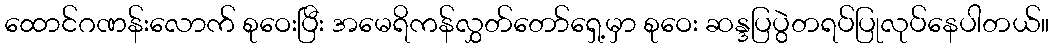
ထောင်ဂဏန်းလောက် စုဝေးပြီး အမေရိကန်လွှတ်တော်ရှေ့မှာ စုဝေး ဆန္ဒပြပွဲတရပ်ပြုလုပ်နေပါတယ်။